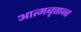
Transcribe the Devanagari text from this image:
आत्मबृत्तान्त